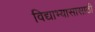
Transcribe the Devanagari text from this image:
विद्याभ्यासासाठी